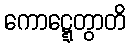
ကောဋ္ဋေတွာတိ